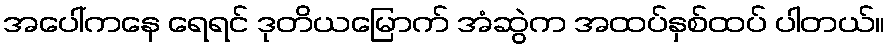
အပေါ်ကနေ ရေရင် ဒုတိယမြောက် အံဆွဲက အထပ်နှစ်ထပ် ပါတယ်။